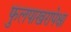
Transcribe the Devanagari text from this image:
फुलपाखरापेक्षा